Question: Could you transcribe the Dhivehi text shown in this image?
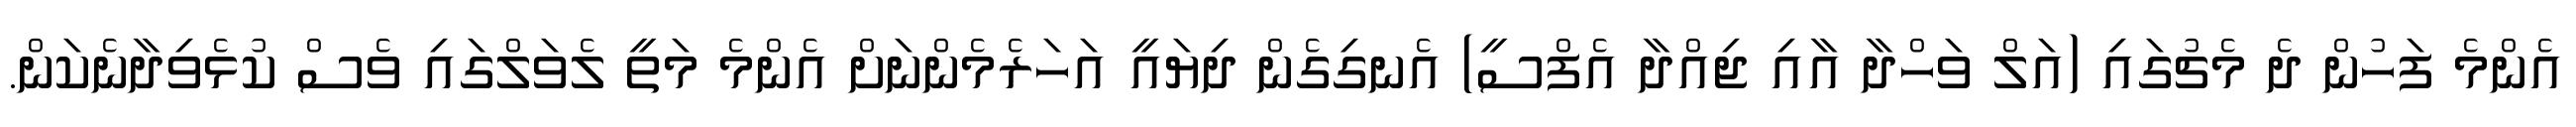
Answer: އެންމެ ފަހުން ދެ މެޗުގައި (އަލް ވަހްދާ އާއި ޖިއްދާ އެފްސީ) އެނގިގެން ދިޔައީ އަހަރެމެންނަށް އެންމެ މަތީ ލެވަލްގައި ވެސް ކުޅެވިދާނެކަން.